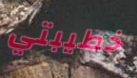
خطيبتي